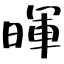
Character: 暉